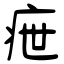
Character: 疶